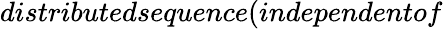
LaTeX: distributedsequence(independentof